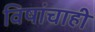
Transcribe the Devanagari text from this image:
विषांचाही